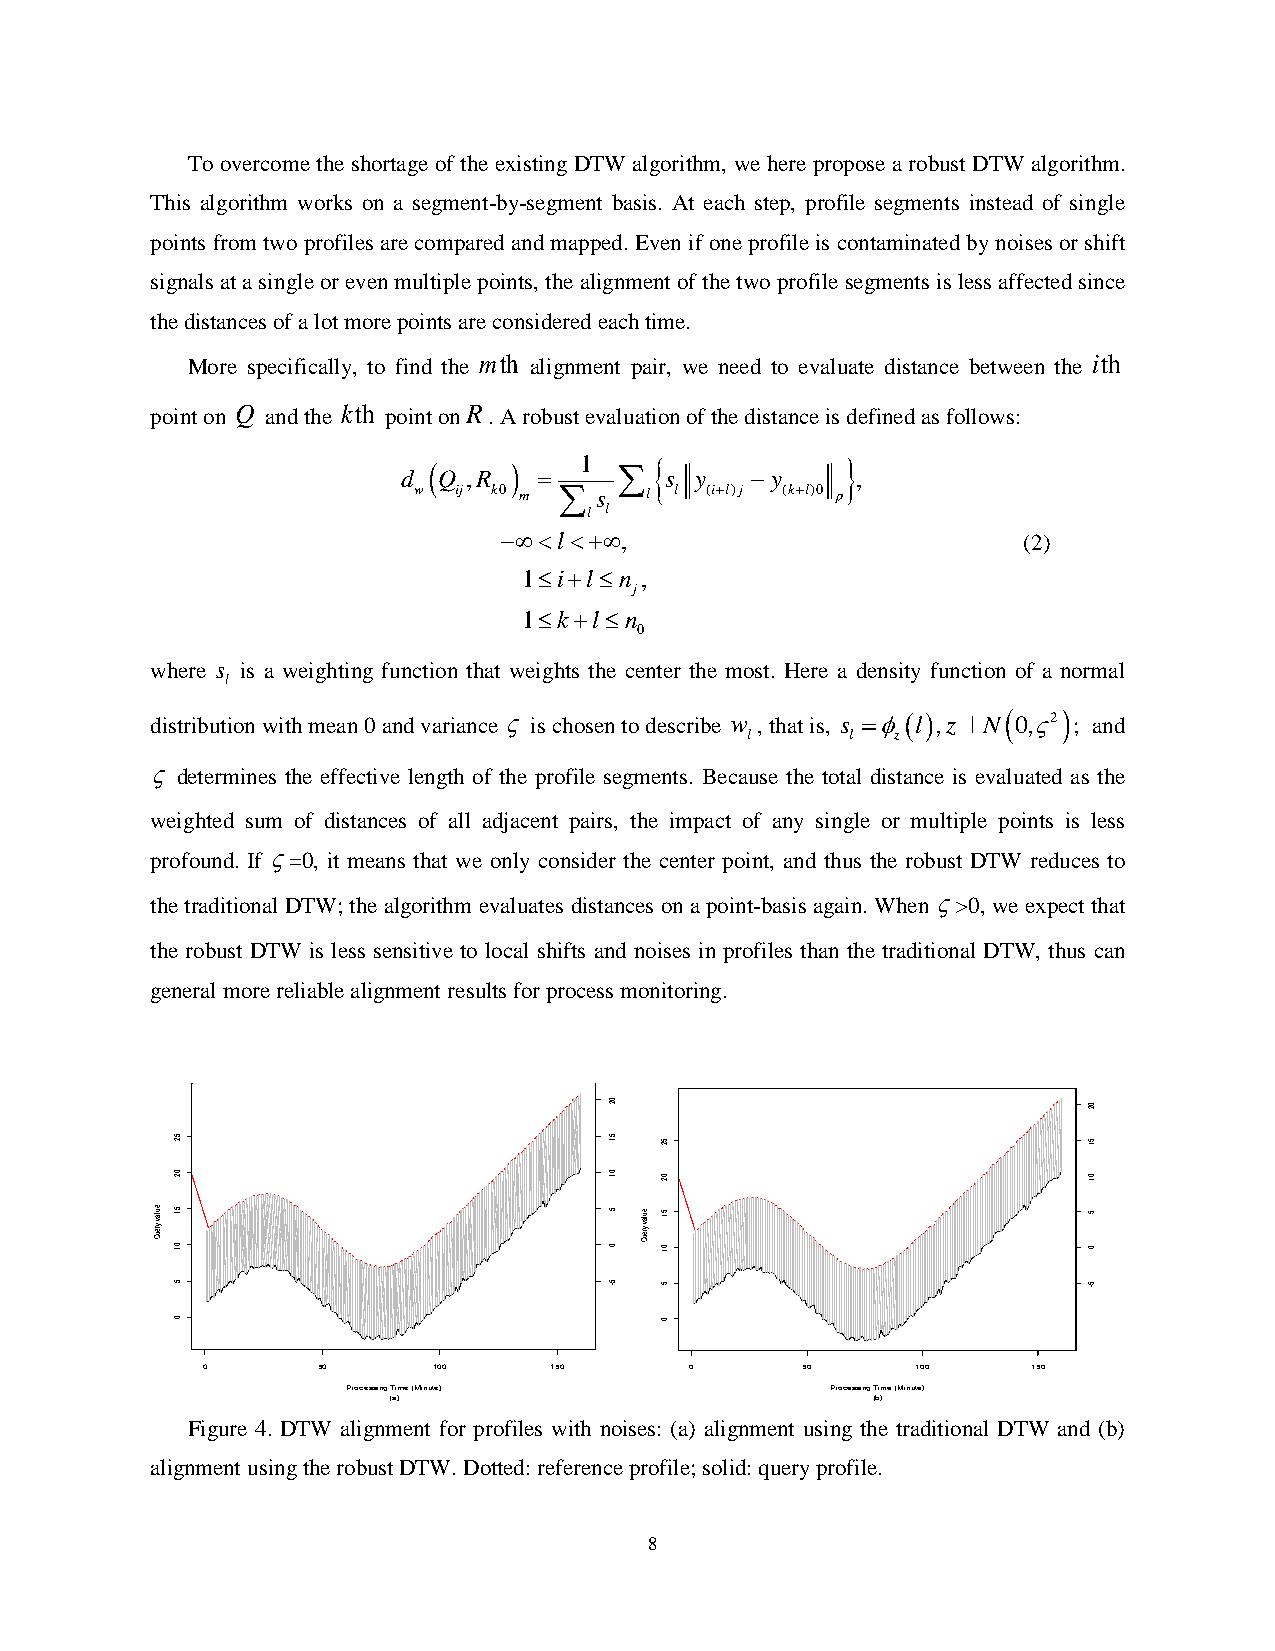
To overcome the shortage of the existing DTW algorithm, we here propose a robust DTW algorithm.
 This algorithm works on a segment-by-segment basis. At each step, profile segments instead of single
 points from two profiles are compared and mapped. Even if one profile is contaminated by noises or shift
 signals at a single or even multiple points, the alignment of the two profile segments is less affected since
 the distances of a lot more points are considered each time.
 More specifically, to find the mth alignment pair, we need to evaluate distance between the ith
 point on Q and the kth point onR. A robust evaluation of the distance is defined as follows:
 1                
 d  Q ,R      s y    y    ,
 w  ij k0 m  s  l l (il)j (kl)0 p
 l l
 l ,                          (2)
 1il n ,
 j
 1kl n
 0
 where s is a weighting function that weights the center the most. Here a density function of a normal
 l
 distribution with mean 0 and variance  is chosen to describe w , that is, s l,z N 0,2 ; and
 l      l  z
  determines the effective length of the profile segments. Because the total distance is evaluated as the
 weighted sum of distances of all adjacent pairs, the impact of any single or multiple points is less
 profound. If =0, it means that we only consider the center point, and thus the robust DTW reduces to
 the traditional DTW; the algorithm evaluates distances on a point-basis again. When >0, we expect that
 the robust DTW is less sensitive to local shifts and noises in profiles than the traditional DTW, thus can
 general more reliable alignment results for process monitoring.
 02                              02
 52                           51  52                          51
 02                           01  02                          01
 eulav
 yreuQ
 05 11                        05 eulav
 yreuQ
 05 11                       05
 5                            5-  5                           5-
 0                                0
 0       50      100    150       0      50      100    150
 Processing Time (Minute)        Processing Time (Minute)
 (a)                             (b)
 Figure 4. DTW alignment for profiles with noises: (a) alignment using the traditional DTW and (b)
 alignment using the robust DTW. Dotted: reference profile; solid: query profile.
 8